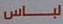
لباس